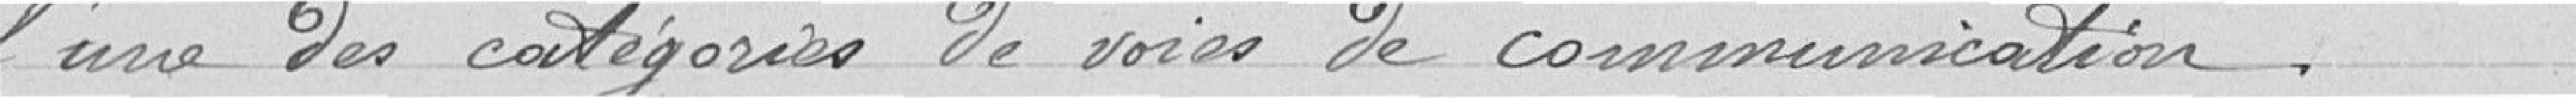
l'une des catégories de voies de communication.